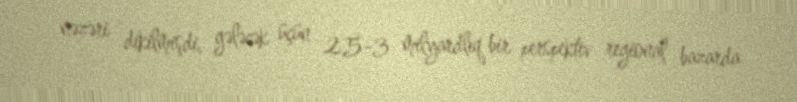
nəzəri dikilmişdi, gələcək üçün 2,5-3 milyardlıq bir perspektiv regional bazarda